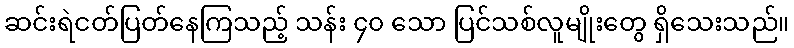
ဆင်းရဲငတ်ပြတ်နေကြသည့် သန်း ၄၀ သော ပြင်သစ်လူမျိုးတွေ ရှိသေးသည်။